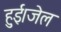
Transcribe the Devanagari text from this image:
हुई।जेल